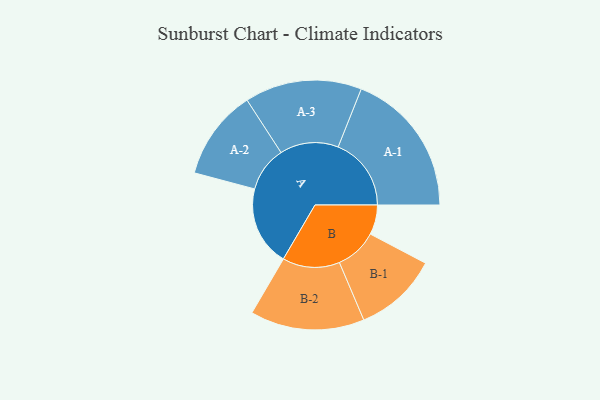
{"axis": {"x": "Segment", "y": "Value"}, "legend": ["", "A", "B"], "data": [{"x": "A", "y": 285, "type": ""}, {"x": "B", "y": 106, "type": ""}, {"x": "A-1", "y": 261, "type": "A"}, {"x": "A-2", "y": 161, "type": "A"}, {"x": "A-3", "y": 209, "type": "A"}, {"x": "B-1", "y": 150, "type": "B"}, {"x": "B-2", "y": 204, "type": "B"}]}